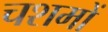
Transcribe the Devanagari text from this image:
चशमों